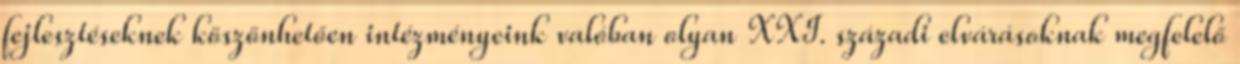
fejlesztéseknek köszönhetően intézményeink valóban olyan XXI. századi elvárásoknak megfelelő